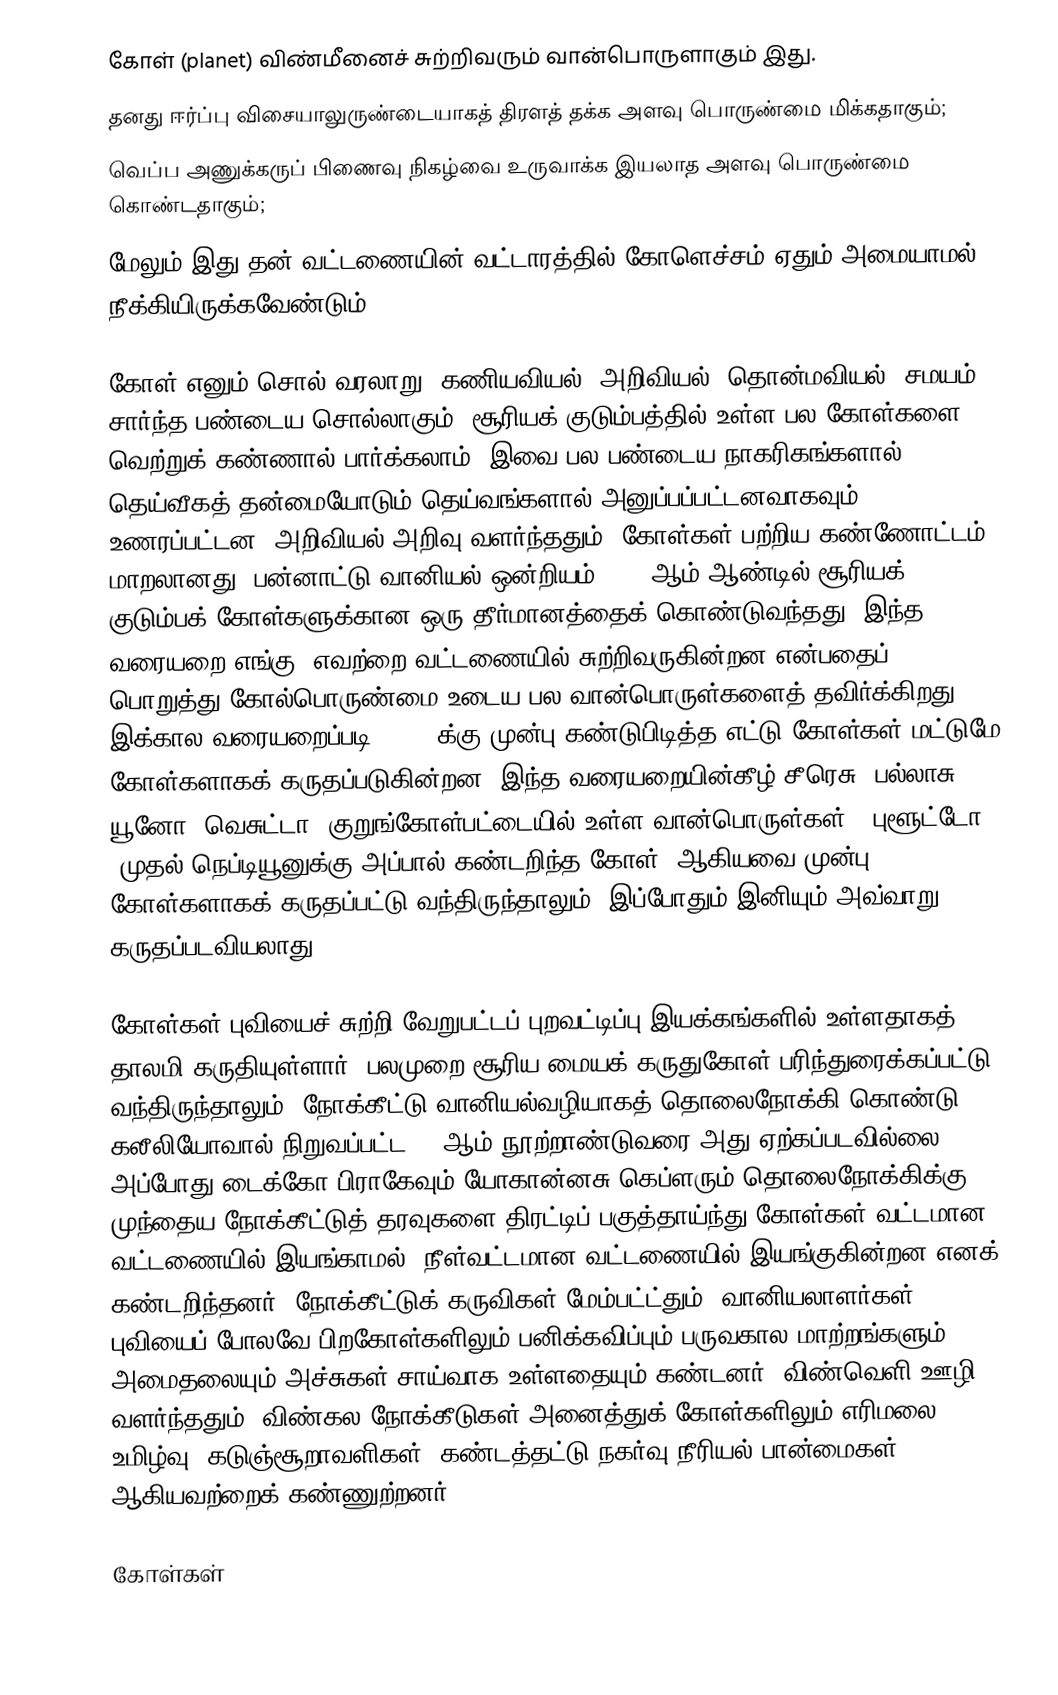
கோள் (planet) விண்மீனைச் சுற்றிவரும் வான்பொருளாகும் இது.
தனது ஈர்ப்பு விசையாலுருண்டையாகத் திரளத் தக்க அளவு பொருண்மை மிக்கதாகும்;
வெப்ப அணுக்கருப் பிணைவு நிகழ்வை உருவாக்க இயலாத அளவு பொருண்மை கொண்டதாகும்;
 மேலும் இது தன் வட்டணையின் வட்டாரத்தில் கோளெச்சம் ஏதும் அமையாமல் நீக்கியிருக்கவேண்டும்.

கோள் எனும் சொல் வரலாறு, கணியவியல், அறிவியல், தொன்மவியல், சமயம் சார்ந்த பண்டைய சொல்லாகும். சூரியக் குடும்பத்தில் உள்ள பல கோள்களை வெற்றுக் கண்ணால் பார்க்கலாம். இவை பல பண்டைய நாகரிகங்களால் தெய்வீகத் தன்மையோடும் தெய்வங்களால் அனுப்பப்பட்டனவாகவும் உணரப்பட்டன. அறிவியல் அறிவு வளர்ந்ததும், கோள்கள் பற்றிய கண்ணோட்டம் மாறலானது. பன்னாட்டு வானியல் ஒன்றியம் 2006 ஆம் ஆண்டில் சூரியக் குடும்பக் கோள்களுக்கான ஒரு தீர்மானத்தைக் கொண்டுவந்தது. இந்த வரையறை எங்கு, எவற்றை வட்டணையில் சுற்றிவருகின்றன என்பதைப் பொறுத்து கோல்பொருண்மை உடைய பல வான்பொருள்களைத் தவிர்க்கிறது. இக்கால வரையறைப்படி, 1950 க்கு முன்பு கண்டுபிடித்த எட்டு கோள்கள் மட்டுமே கோள்களாகக் கருதப்படுகின்றன; இந்த வரையறையின்கீழ்  சீரெசு, பல்லாசு, யூனோ,  வெசுட்டா (குறுங்கோள்பட்டையில் உள்ள வான்பொருள்கள்), புளூட்டோ (முதல் நெப்டியூனுக்கு அப்பால் கண்டறிந்த கோள்) ஆகியவை முன்பு கோள்களாகக் கருதப்பட்டு வந்திருந்தாலும், இப்போதும் இனியும் அவ்வாறு கருதப்படவியலாது.

கோள்கள் புவியைச் சுற்றி வேறுபட்டப் புறவட்டிப்பு இயக்கங்களில் உள்ளதாகத் தாலமி கருதியுள்ளார். பலமுறை சூரிய மையக் கருதுகோள் பரிந்துரைக்கப்பட்டு வந்திருந்தாலும், நோக்கீட்டு வானியல்வழியாகத் தொலைநோக்கி கொண்டு கலீலியோவால் நிறுவப்பட்ட 17 ஆம் நூற்றாண்டுவரை அது ஏற்கப்படவில்லை. அப்போது டைக்கோ பிராகேவும் யோகான்னசு கெப்ளரும் தொலைநோக்கிக்கு முந்தைய நோக்கீட்டுத் தரவுகளை திரட்டிப் பகுத்தாய்ந்து கோள்கள் வட்டமான வட்டணையில் இயங்காமல், நீள்வட்டமான வட்டணையில் இயங்குகின்றன எனக் கண்டறிந்தனர். நோக்கீட்டுக் கருவிகள் மேம்பட்ட்தும், வானியலாளர்கள் புவியைப் போலவே பிறகோள்களிலும் பனிக்கவிப்பும் பருவகால மாற்றங்களும் அமைதலையும் அச்சுகள் சாய்வாக உள்ளதையும் கண்டனர். விண்வெளி ஊழி வளர்ந்ததும், விண்கல நோக்கீடுகள் அனைத்துக் கோள்களிலும் எரிமலை உமிழ்வு, கடுஞ்சூறாவளிகள், கண்டத்தட்டு நகர்வு நீரியல் பான்மைகள், ஆகியவற்றைக் கண்ணுற்றனர்.

கோள்கள்